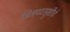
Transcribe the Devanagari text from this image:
चित्रपटस्रृष्टीचे